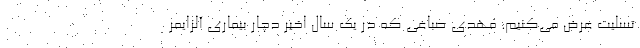
تسلیت عرض می‌کنیم. مهدی صباغی که در یک سال اخیر دچار بیماری آلزایمر